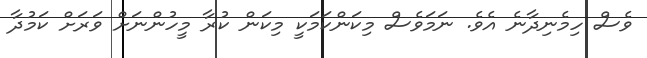
ވެސް ހިމެނިދާނެ އެވެ. ނަމަވެސް މިކަންކަމަކީ މިކަން ކުރާ މީހުންނަށް ވަރަށް ކަމުދާ